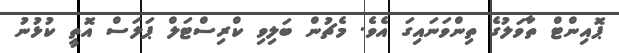
ޕޮއިންޓް ތާވަލުގެ ތިންވަނައިގަ އެވެ. މެޗުން ބަލިވި ކްރިސްޓަލް ޕަލަސް އޮތީ ކުޅުނު